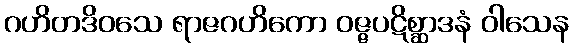
ဂဟိတဒိဝသေ ရာဇဂဟိကော ဝဇ္ဇပဋိစ္ဆာဒနံ ဝါသေန